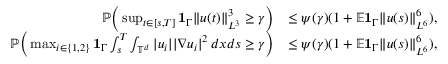
\begin{array} { r l } { { \mathbb P } \Big ( \operatorname* { s u p } _ { t \in [ s , T ] } { { \bf 1 } } _ { \Gamma } \| u ( t ) \| _ { L ^ { 3 } } ^ { 3 } \geq \gamma \Big ) } & { \leq \psi ( \gamma ) ( 1 + { \mathbb E } { { \bf 1 } } _ { \Gamma } \| u ( s ) \| _ { L ^ { 6 } } ^ { 6 } ) , } \\ { { \mathbb P } \Big ( \operatorname* { m a x } _ { i \in \{ 1 , 2 \} } { { \bf 1 } } _ { \Gamma } \int _ { s } ^ { T } \int _ { \mathbb { T } ^ { d } } | u _ { i } | | \nabla u _ { i } | ^ { 2 } \, d x d s \geq \gamma \Big ) } & { \leq \psi ( \gamma ) ( 1 + { \mathbb E } { { \bf 1 } } _ { \Gamma } \| u ( s ) \| _ { L ^ { 6 } } ^ { 6 } ) , } \end{array}